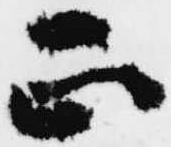
正